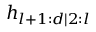
h _ { l + 1 : d | 2 : l }